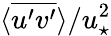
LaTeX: \langle\overline{{u^{\prime}v^{\prime}}}\rangle/u_{\star}^{2}